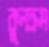
কুলক্রম